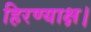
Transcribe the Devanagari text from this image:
हिरण्याक्ष।